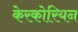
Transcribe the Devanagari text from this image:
केरकोरियन